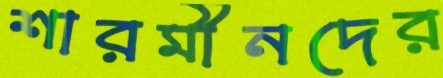
শারমীনদের